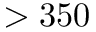
> 3 5 0